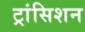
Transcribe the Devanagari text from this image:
ट्रांसिशन